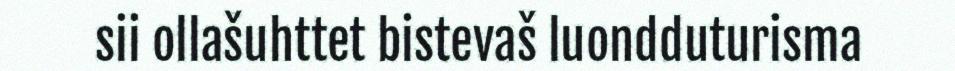
sii ollašuhttet bistevaš luondduturisma